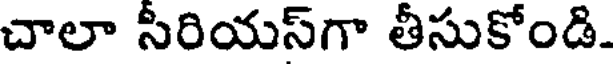
చాలా సీరియస్గా తీసుకోండి.